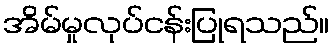
အိမ်မှုလုပ်ငန်းပြုရသည်။